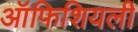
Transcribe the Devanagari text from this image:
ऑफिशियली